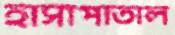
হাসাপাতাল